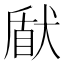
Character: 𤟢